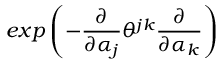
e x p \left( - \frac { \partial } { \partial \alpha _ { j } } \theta ^ { j k } \frac { \partial } { \partial \alpha _ { k } } \right)